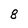
Character: 8